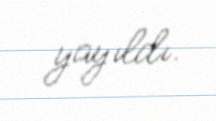
yayıldı.